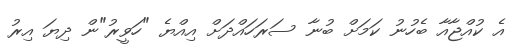
އެ ކުއްޖާއާ ބެހުނު ކަމަށް ބުނާ ސަރަހައްދަށް އިއްޔެ "ހަވީރު"ން ދިޔަ އިރު